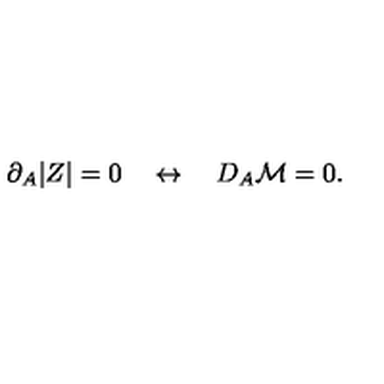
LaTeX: \partial _ { A } | Z | = 0 \quad \leftrightarrow \quad D _ { A } { \cal M } = 0 .